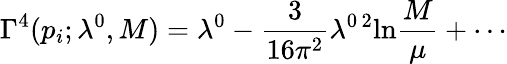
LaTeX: \Gamma^{4}(p_{i};\lambda^{0},M)=\lambda^{0}-\frac{3}{16\pi^{2}}\lambda^{0\, 2}\mathrm{ln}\frac{M}{\mu}+\cdots